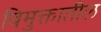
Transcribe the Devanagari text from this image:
विमुक्तातील